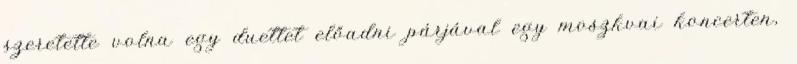
szeretette volna egy duettet előadni párjával egy moszkvai koncerten,